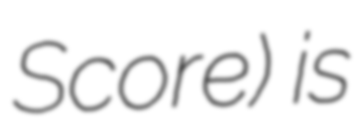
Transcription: Score) is